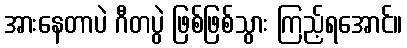
အားနေတာပဲ ဂီတပွဲ ဖြစ်ဖြစ်သွား ကြည့်ရအောင်။